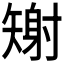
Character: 𪿎